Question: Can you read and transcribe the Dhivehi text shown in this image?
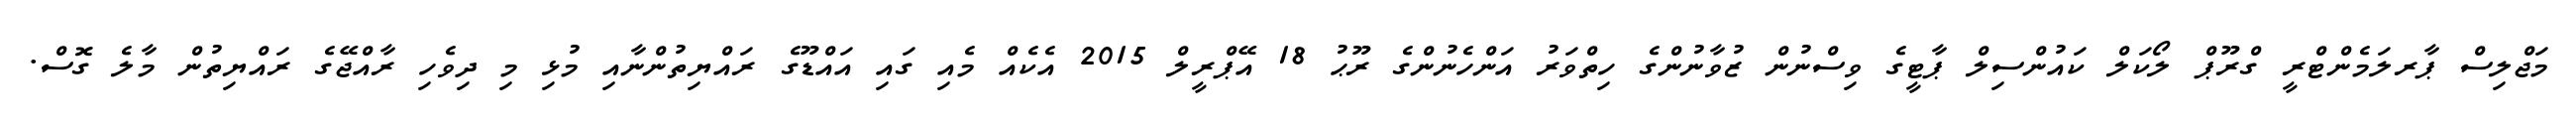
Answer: މަޖްލިސް ޕާރލަމެންޓްރީ ގްރޫޕް ލޯކަލް ކައުންސިލް ޕާޓީގެ ވިސްނުން ޒުވާނުންގެ ހިތްވަރު އަންހެނުންގެ ރޫޙު 18 އޭޕްރީލް 2015 އެކެއް މެއި ގައި އައްޑޫގެ ރައްޔިތުންނާއި މުޅި މި ދިވެހި ރާއްޖޭގެ ރައްޔިތުން މާލެ ގޮސް.